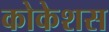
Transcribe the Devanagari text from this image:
कोकेशस